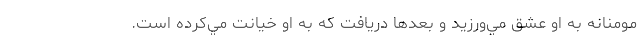
مومنانه به او عشق مي‌ورزيد و بعدها دريافت كه به او خيانت مي‌كرده است.